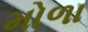
મોળા